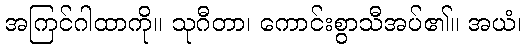
အကြင်ဂါထာကို။ သုဂီတာ၊ ကောင်းစွာသီအပ်၏။ အယံ၊